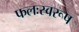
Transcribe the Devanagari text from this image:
फलःस्वरूप